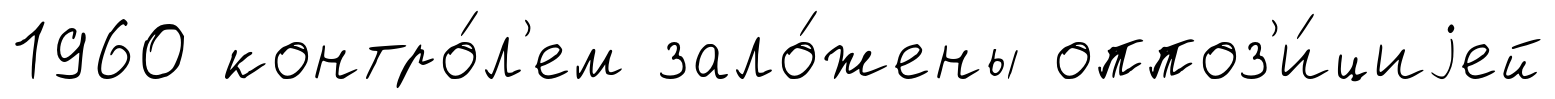
1960 контро́л'ем зало́жены оппоз'и́циjей